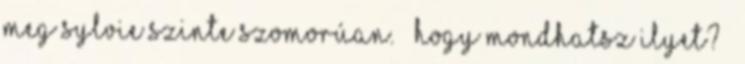
meg Sylvie szinte szomorúan. – Hogy mondhatsz ilyet? –